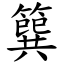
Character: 簨